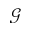
\mathcal { G }